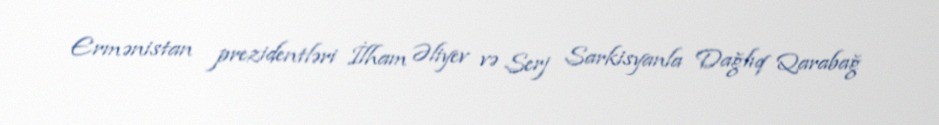
Ermənistan prezidentləri İlham Əliyev və Serj Sarkisyanla Dağlıq Qarabağ